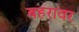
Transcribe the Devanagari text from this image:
बहरावर